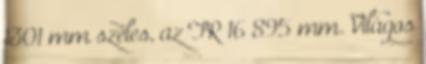
1301 mm széles, az FR 16 895 mm. Világos